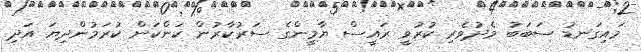
މައިގަނޑު ސަބަބު މެދުވެރި ކުރުވީ ރައީސް ޔާމީންގެ ސަރުކާރުން ކަންކަން ކުރަމުންދިޔަ އަދި